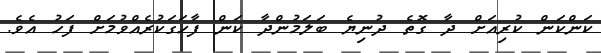
ކަންކަން ކުރިއަށް ދާ ގޮތެ ދުނިޔެ ބަލަމުންދާ ކަން ފާހަގަކުރެއްވުމަށް ފަހު އެވެ.